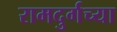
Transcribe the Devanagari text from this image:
रामदुर्गच्या